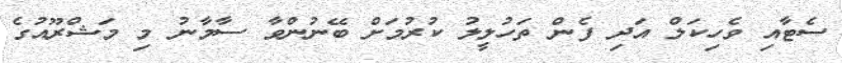
ސެޓާއި ވެހިކަލް އަދި ފެން ތަހުލީލު ކުރުމަށް ބޭނުންވާ ސާމާނު މި މަޝްރޫއުގެ